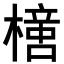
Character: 𣚍